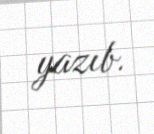
yazıb.